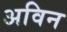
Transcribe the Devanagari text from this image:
अविन